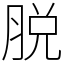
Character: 脱